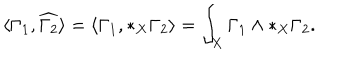
LaTeX: \langle \Gamma _ { 1 } , \widehat { \Gamma _ { 2 } } \rangle = \langle \Gamma _ { 1 } , * _ { X } \Gamma _ { 2 } \rangle = \int _ { X } \Gamma _ { 1 } \wedge * _ { X } \Gamma _ { 2 } .